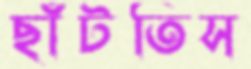
ছাঁটতিস